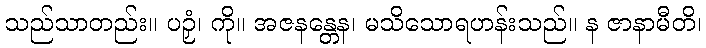
သည်သာတည်း။ ပဉှံ၊ ကို။ အဇနန္တေန၊ မသိသောရဟန်းသည်။ န ဇာနာမီတိ၊